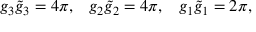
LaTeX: g _ { 3 } \tilde { g } _ { 3 } = 4 \pi , \; \; \; g _ { 2 } \tilde { g } _ { 2 } = 4 \pi , \; \; \; g _ { 1 } \tilde { g } _ { 1 } = 2 \pi ,